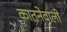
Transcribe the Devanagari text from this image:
कातनेवाली